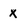
Character: x